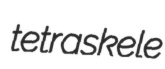
tetraskele